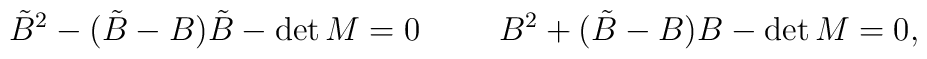
\tilde{B}^2 - (\tilde{B}-B)\tilde{B} - \det M = 0 \hspace{1cm} B^2 + (\tilde{B}-B)B  - \det M = 0, \\